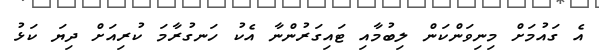
އެ ގައުމަށް މިނިވަންކަން ލިބުމާއި ޓައިގަރުންނާ އެކު ހަނގުރާމަ ކުރިއަށް ދިޔަ ކަޅު